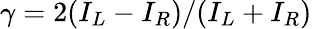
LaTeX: \gamma=2(I_{L}-I_{R})/(I_{L}+I_{R})